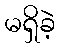
မရှိခဲ့